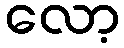
လော့